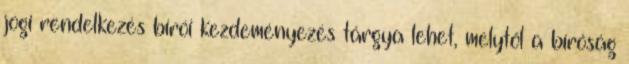
jogi rendelkezés bírói kezdeményezés tárgya lehet, melytől a bíróság